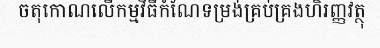
ចតុកោណលើកម្មវិធីកំណែទម្រង់គ្រប់គ្រងហិរញ្ញវត្ថុ